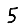
Digit: 5